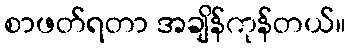
စာဖတ်ရတာ အချိန်ကုန်တယ်။